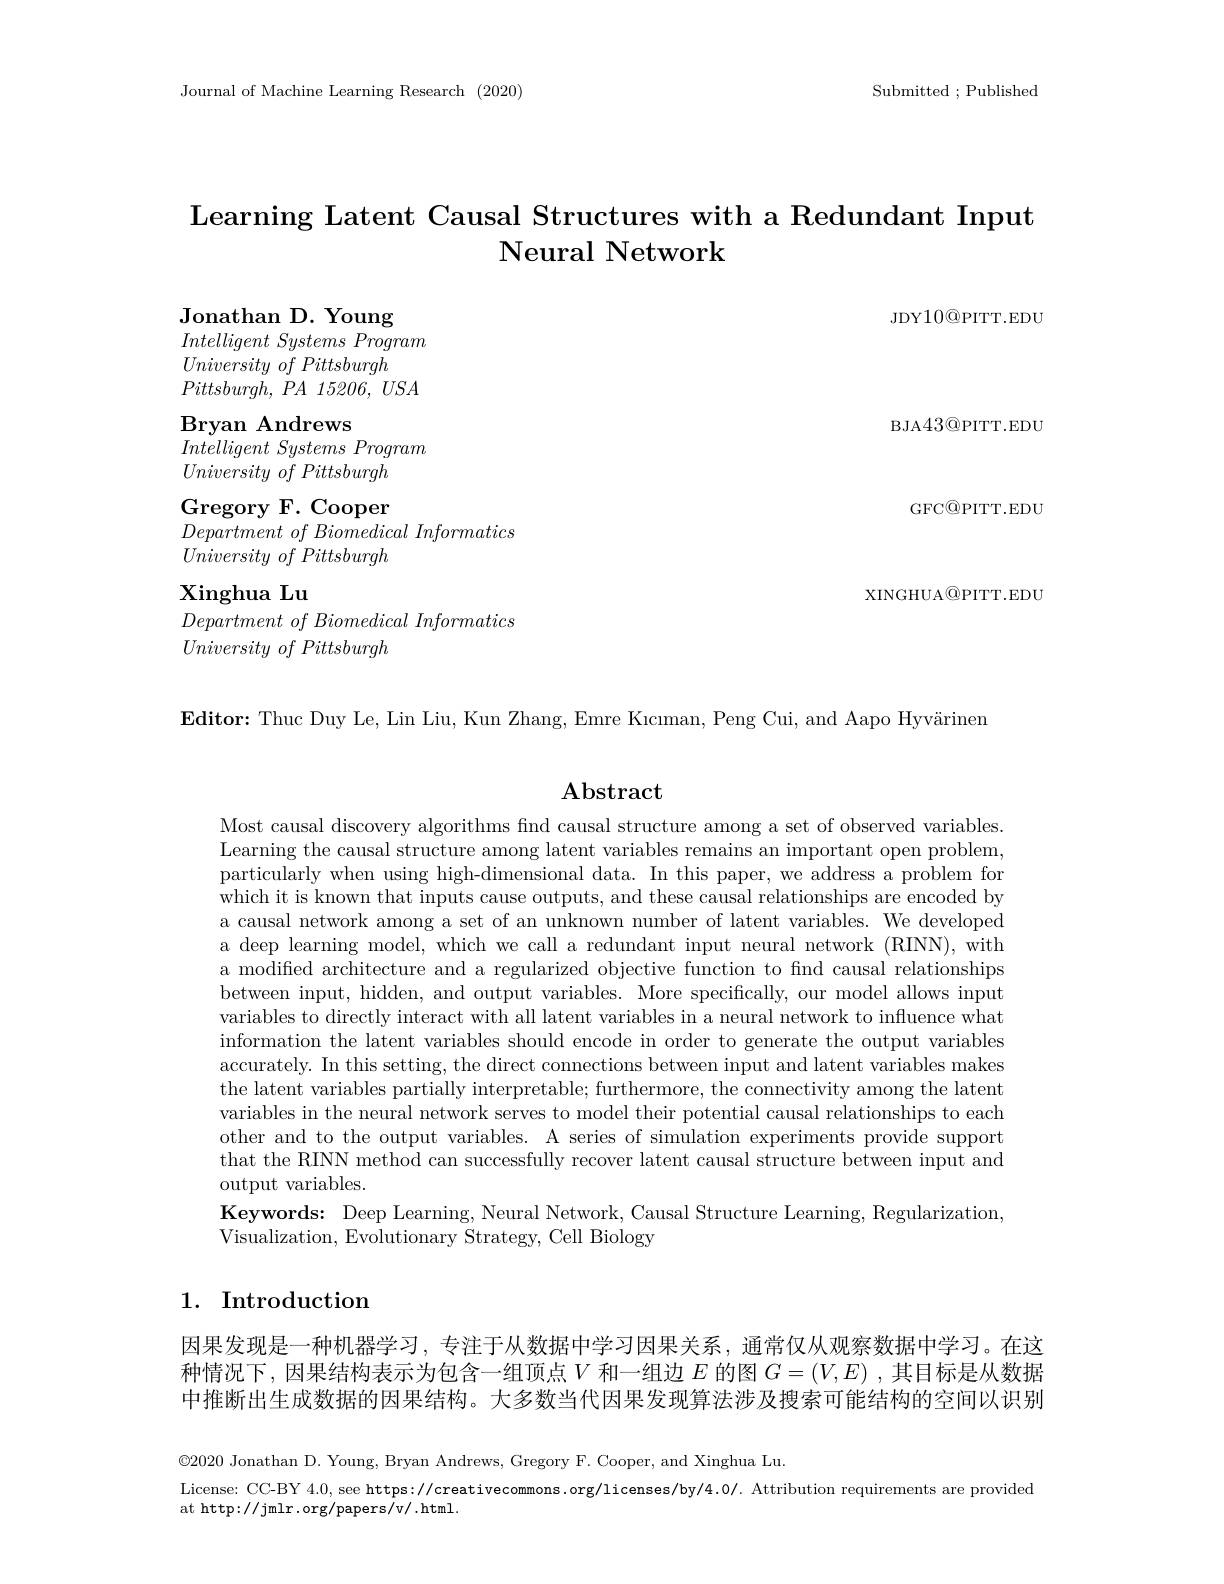
Submitted ; Published

Journal of Machine Learning Research (2020)

# Learning Latent Causal Structures with a Redundant Input Neural Network

JDY$10@$PITT.EDU

BJA43@PITT.EDU

Jonathan D. Young
$Intelligent\textit{ Systems Program}$
$University\textit{ of Pittsburgh}$
$Pittsburgh$, $PA$ 15206, $USA$
Bryan Andrews
$Intelligent\textit{ Systems Program}$
$University\textit{ of Pittsburgh}$ Gregory F. Cooper $Department\textit{ of Biomedical Informatics}$
$University\textit{ of Pittsburgh}$
Xinghua Lu
$Department\textit{ of Biomedical Informatics}$
$University\textit{ of Pittsburgh}$

GFCQPITT.EDU

XINGHUA@PITT.EDU

$\textbf{Editor: Thuc Duy Le, Lin Liu, Kun Zhang, Emre Kı cı man, Peng Cui, and Aapo Hyv\" {a}rinen}$

$\mathbf{Abstract}$

Most causal discovery algorithms find causal structure among a set of observed variables Learning the causal structure among latent variables remains an important open problem, particularly when using high-dimensional data. In this paper, we address a problem for which it is known that inputs cause outputs, and these causal relationships are encoded by a causal network among a set of an unknown number of latent variables. We developed a deep learning model, which we call a redundant input neural network (RINN), with a modified architecture and a regularized objective function to find causal relationships between input, hidden, and output variables. More specifically, our model allows input variables to directly interact with all latent variables in a neural network to influence what information the latent variables should encode in order to generate the output variables accurately. In this setting, the direct connections between input and latent variables makes the latent variables partially interpretable; furthermore, the connectivity among the latent variables in the neural network serves to model their potential causal relationships to each other and to the output variables. A series of simulation experiments provide support that the RINN method can successfully recover latent causal structure between input and output variables.
Keywords: Deep Learning, Neural Network, Causal Structure Learning, Regularization,
Visualization, Evolutionary Strategy, Cell Biology

## 1. Introduction

因果发现是一种机器学习，专注于从数据中学习因果关系，通常仅从观察数据中学习。在这种情况下，因果结构表示为包含一组顶点$V$和一组边$E$的图$G=(V,E)$ ,其目标是从数据中推断出生成数据的因果结构。大多数当代因果发现算法涉及搜索可能结构的空间以识别

$\textcircled{2}020$ Jonathan D. Young, Bryan Andrews, Gregory F. Cooper, and Xinghua Lu.
License: CC-BY 4.0, see https://creativecommons.org/licenses/by/4.0/. Attribution requirements are provided
at http://jmlr.org/papers/v/.html.